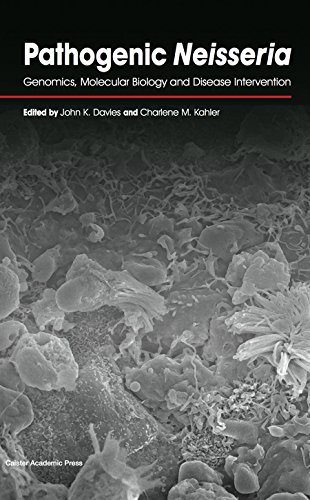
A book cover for Pathogenic Neisseria: Genomics, Molecular Biology and Disease Intervention; Medical Books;